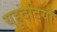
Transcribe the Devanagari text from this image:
यहूददियों